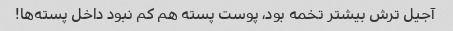
آجیل ترش بیشتر تخمه بود، پوست پسته هم کم نبود داخل پسته‌ها!